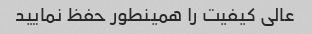
عالی کیفیت را همینطور حفظ نمایید